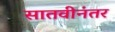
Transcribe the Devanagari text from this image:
सातवीनंतर